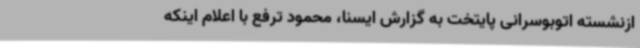
ازنشسته اتوبوسرانی پایتخت به گزارش ایسنا، محمود ترفع با اعلام اینکه